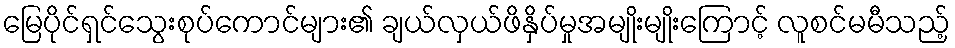
မြေပိုင်ရှင်သွေးစုပ်ကောင်များ၏ ချယ်လှယ်ဖိနှိပ်မှုအမျိုးမျိုးကြောင့် လူစင်မမီသည့်